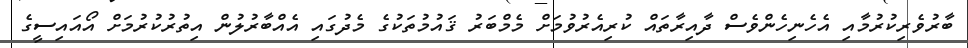
ބާރުވެރިކުރުމާއި އެހެނިހެންވެސް ދާއިރާތައް ކުރިއެރުވުމަށް މެމްބަރު ޤައުމުތަކުގެ މެދުގައި އެއްބާރުލުން އިތުރުކުރުމަށް އޯއައިސީގެ